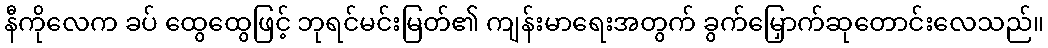
နီကိုလေက ခပ် ထွေထွေဖြင့် ဘုရင်မင်းမြတ်၏ ကျန်းမာရေးအတွက် ခွက်မြှောက်ဆုတောင်းလေသည်။